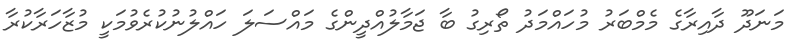
މަނަދޫ ދާއިރާގެ މެމްބަރު މުހައްމަދު ތޯރިގު ބާ ޖަމާލުއްދީންގެ މައްސަލަ ހައްލުނުކުރެވުމަކީ މުޒާހަރާކުރާ